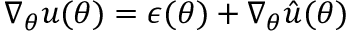
\nabla _ { \boldsymbol { \theta } } u ( \boldsymbol { \theta } ) = \boldsymbol { \epsilon } ( \boldsymbol { \theta } ) + \nabla _ { \boldsymbol { \theta } } \hat { u } ( \boldsymbol { \theta } )